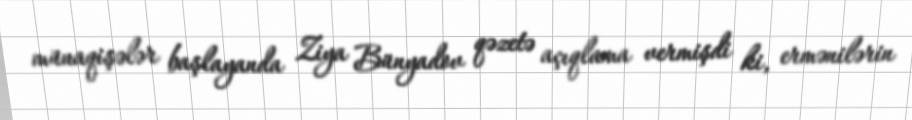
münaqişələr başlayanda Ziya Bünyadov qəzetə açıqlama vermişdi ki, ermənilərin